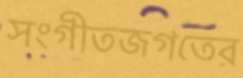
সংগীতজগতের